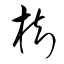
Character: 樹